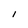
Character: I